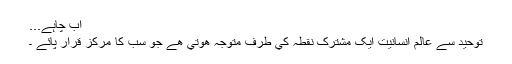
اب چاہے...
توحيد سے عالم انسانيت ايک مشترک نقطہ کي طرف متوجہ ھوتي ھے جو سب کا مرکز قرار پائے ۔